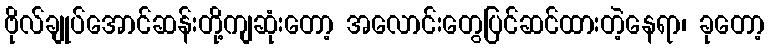
ဗိုလ်ချုပ်အောင်ဆန်းတို့ကျဆုံးတော့ အလောင်းတွေပြင်ဆင်ထားတဲ့နေရာ၊ ခုတော့